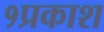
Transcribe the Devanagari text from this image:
१प्रकाश